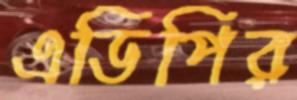
এডিপির